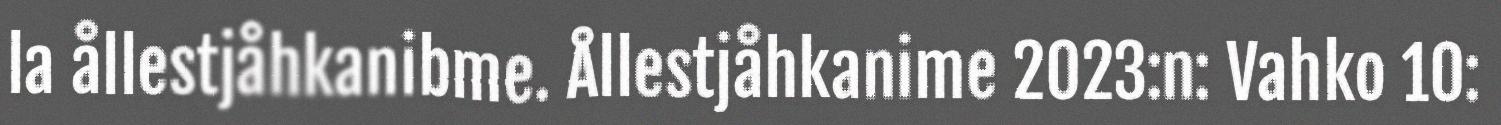
la ållestjåhkanibme. Ållestjåhkanime 2023:n: Vahko 10: